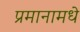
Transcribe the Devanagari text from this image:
प्रमानामधे